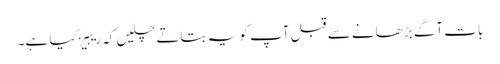
بات آگے بڑھانے سے قبل آپ کو یہ بتاتے چلیں کہ ریبیز کیا ہے۔